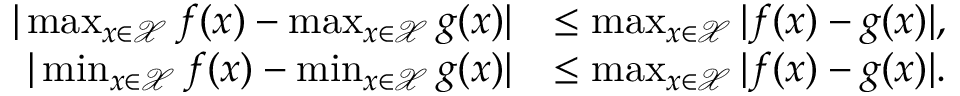
\begin{array} { r l } { | \operatorname* { m a x } _ { x \in \mathcal { X } } f ( x ) - \operatorname* { m a x } _ { x \in \mathcal { X } } g ( x ) | } & { \leq \operatorname* { m a x } _ { x \in \mathcal { X } } | f ( x ) - g ( x ) | , } \\ { | \operatorname* { m i n } _ { x \in \mathcal { X } } f ( x ) - \operatorname* { m i n } _ { x \in \mathcal { X } } g ( x ) | } & { \leq \operatorname* { m a x } _ { x \in \mathcal { X } } | f ( x ) - g ( x ) | . } \end{array}